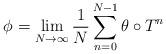
LaTeX: \begin{align*}\phi = \lim_{N \to \infty} \frac{1}{N} \sum^{N-1}_{n=0} \theta \circ T^n\end{align*}